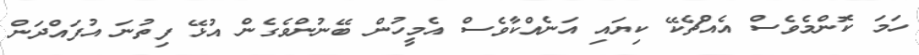
ހަމަ ކޮންމެވެސް އެއްޗެކޭ ކިޔައި އަނެއްކާވެސް އެމީހުން ބޭނުންވެގެން އުޅޭ ފިތުނަ އުފައްދަން